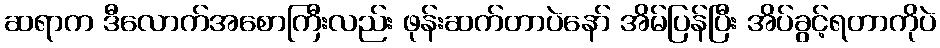
ဆရာက ဒီလောက်အစောကြီးလည်း ဖုန်းဆက်တာပဲနော် အိမ်ပြန်ပြီး အိပ်ခွင့်ရတာကိုပဲ